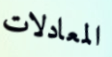
المعادلات